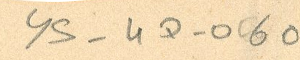
YS-4D-060